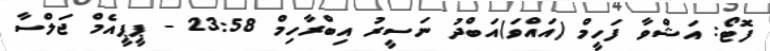
ފޮޓޯ: އަޝްވާ ފަހީމް (އައްވަ)އަބްދު ނަސީރު އިބްރާހިމް 23:58 - ޕީޕީއެމް ޖަލްސާ